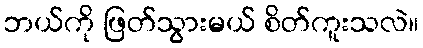
ဘယ်ကို ဖြတ်သွားမယ် စိတ်ကူးသလဲ။